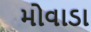
મોવાડા